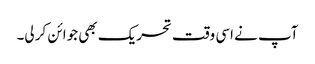
آپ نے اسی وقت تحریک بھی جوائن کر لی۔